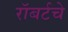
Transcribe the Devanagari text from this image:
रॉबर्टचे